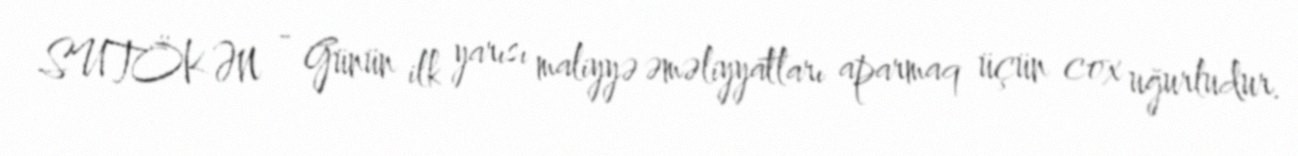
SUTÖKƏN - Günün ilk yarısı maliyyə əməliyyatları aparmaq üçün cox uğurludur.